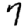
Digit: 7